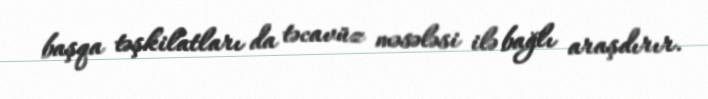
başqa təşkilatları da təcavüz məsələsi ilə bağlı araşdırır.